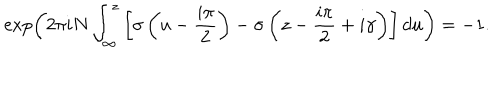
LaTeX: \exp \left( 2 \pi i N \int _ { \infty } ^ { z } \left[ \sigma \left( u - \frac { i \pi } { 2 } \right) - \sigma \left( z - \frac { i \pi } { 2 } + i \gamma \right) \right] d u \right) = - 1 .